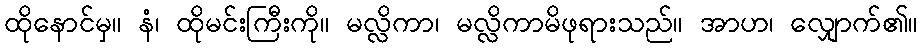
ထိုနောင်မှ။ နံ၊ ထိုမင်းကြီးကို။ မလ္လိကာ၊ မလ္လိကာမိဖုရားသည်။ အာဟ၊ လျှောက်၏။